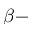
\beta -